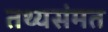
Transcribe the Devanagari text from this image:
तथ्यसंमत